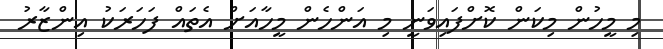
މި މީހުން މިކަން ކޮށްފައިވަނީ މި އަންހެން މީހާއަށް އެތައް ފަހަރަކު އިންޒާރު